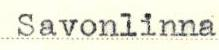
Savonlinna